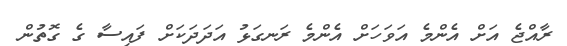
ރާއްޖެ އަށް އެންމެ އަވަހަށް އެންމެ ރަނގަޅު އަދަދަކަށް ފައިސާ ގެ ގޮތުން